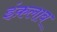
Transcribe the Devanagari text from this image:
इंक़लाब